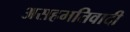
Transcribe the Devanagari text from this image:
असहमतिवादी